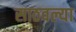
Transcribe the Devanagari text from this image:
साठवल्या